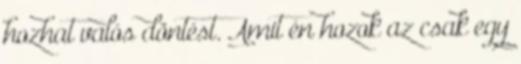
hozhat valós döntést. Amit én hozok az csak egy